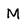
Character: M